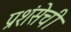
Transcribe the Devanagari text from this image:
प्रशंसेची